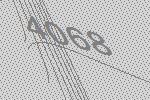
4068